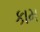
કામ